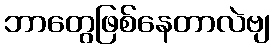
ဘာတွေဖြစ်နေတာလဲဗျ